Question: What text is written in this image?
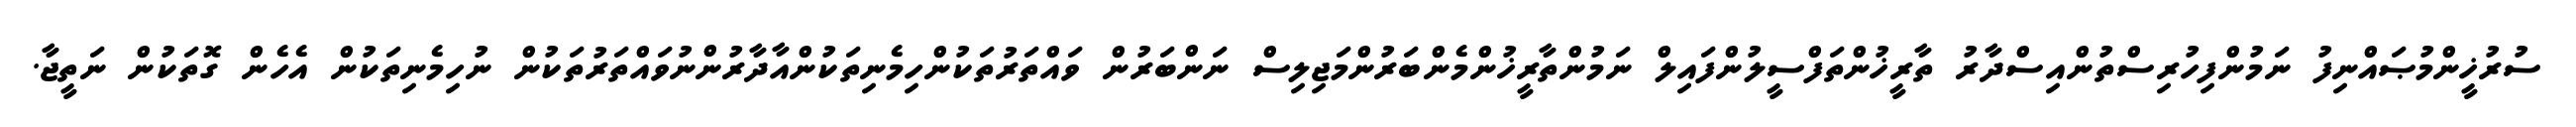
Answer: ސުރުޚީންމުޞައްނިފު ނަމުންފިހުރިސްތުންއިސްދާރު ތާރީޚުންތަފްސީލުންފައިލް ނަމުންތާރީޚުންމެންބަރުންމަޖިލިސް ނަންބަރުން ވައްތަރުތަކުންހިމެނިތަކުންއާދާރުންނުވައްތަރުތަކުން ނުހިމެނިތަކުން އެހެން ގޮތަކުން ނަތީޖާ.